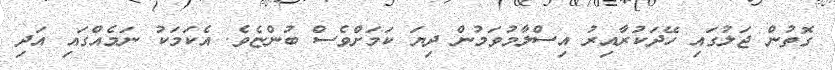
ގޮތުން ޖަލުގައި ހޭދަކުރާއިރު އިސްލާމުވަމުން ދިޔަ ކަމަށްވެސް ބުންޏެވެ. އެކަމަކު ނަމެއްގައި އަދި